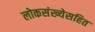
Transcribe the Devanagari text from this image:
लोकसंख्येसहित